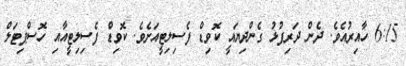
6:15 ހާއިރުއެވެ. ދެން ދަރިފުޅު ގެންދިޔައީ ކޮވިޑް ފެސިލިޓީއަށެވެ. ކޮވިޑް ފެސިލިޓީއާއި ހޮސްޕިޓަލް